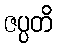
ဇပ္ပတိ